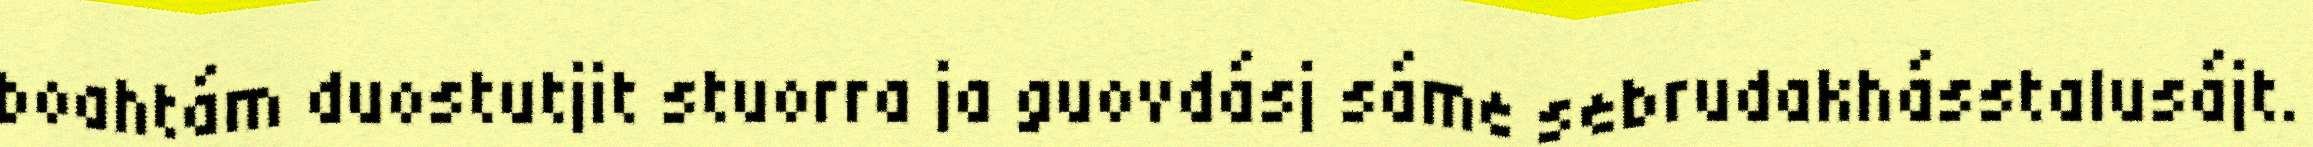
boahtám duostutjit stuorra ja guovdásj sáme sebrudakhásstalusájt.